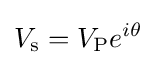
V_{\text{s}}=V_{\text{P}}e^{i\theta }